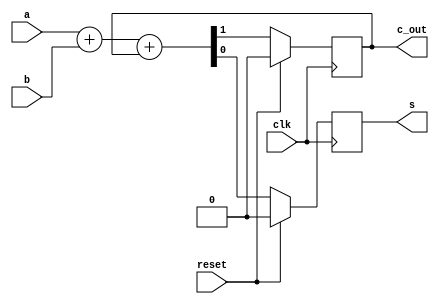
module serial_adder(output s,output c_out,input a,input b,input clk,input reset);
    reg s;
    reg c_out = 0;
    
    always@(posedge clk) begin
        if(reset)begin
            c_out = 0;
            s = 0;        
        end
        else
        {c_out,s} = a+b+c_out;
    end
    
    
endmodule